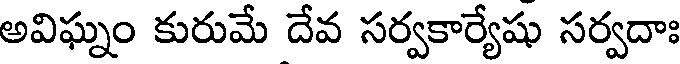
అవిఘ్నం కురుమే దేవ సర్వకార్యేషు సర్వదాః